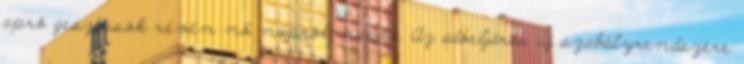
apró gesztusok révén nő napról-napra. Az adóeljárás új szabályrendszere